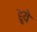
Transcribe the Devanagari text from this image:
हुयेे